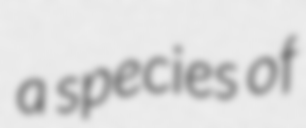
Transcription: a species of